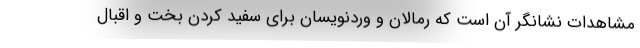
مشاهدات نشانگر آن است که رمالان و وردنویسان برای سفید کردن بخت و اقبال